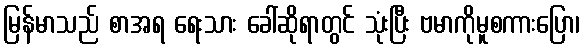
မြန်မာသည် စာအရ ရေးသား ခေါ်ဆိုရာတွင် သုံးပြီး ဗမာကိုမူစကားပြော၊